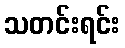
သတင်းရင်း